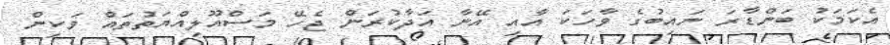
އެކަމަކު ބަންޑާރަ ނައިބުގެ ވާހަކަ އާއި އޭނާ އަދާކުރަން ޖެހޭ މަސްއޫލިއްޔަތުތައް ވަކިން